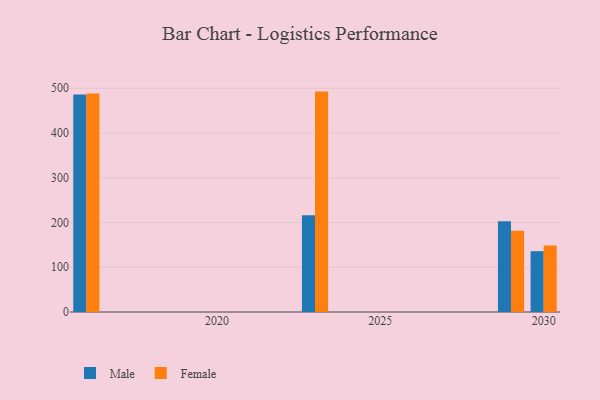
{"axis": {"x": "Year", "y": "Demand Index"}, "legend": ["Female", "Male"], "data": [{"x": "2016", "y": 486.2, "type": "Male"}, {"x": "2016", "y": 488.4, "type": "Female"}, {"x": "2030", "y": 135.9, "type": "Male"}, {"x": "2030", "y": 148.5, "type": "Female"}, {"x": "2029", "y": 202.8, "type": "Male"}, {"x": "2029", "y": 181.4, "type": "Female"}, {"x": "2023", "y": 216.3, "type": "Male"}, {"x": "2023", "y": 492.5, "type": "Female"}]}